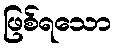
ဖြစ်ရသော